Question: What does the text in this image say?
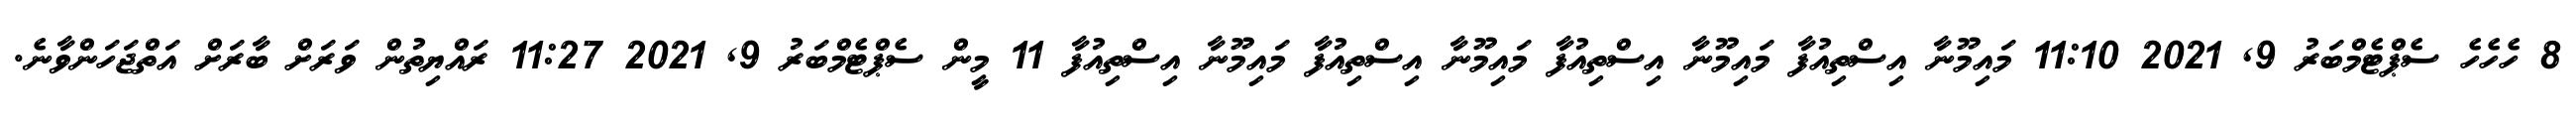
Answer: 8 ހެހެހެ ސެޕްޓެމްބަރު 9, 2021 11:10 މައިމޫނާ އިސްތިއުފާ މައިމޫނާ އިސްތިއުފާ މައިމޫނާ އިސްތިއުފާ މައިމޫނާ އިސްތިއުފާ 11 މީން ސެޕްޓެމްބަރު 9, 2021 11:27 ރައްޔިތުން ވަރަށް ބާރަށް އަތްޖަހަންވާނެ.